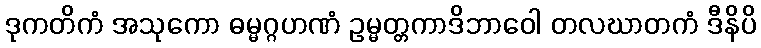
ဒုကတိကံ အသုကော ဓမ္မဂ္ဂဟဏံ ဥမ္မတ္တကာဒိဘာဝေါ တလဃာတကံ ဒီနိပိ